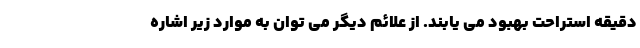
دقیقه استراحت بهبود می یابند. از علائم دیگر می توان به موارد زیر اشاره